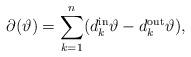
LaTeX: \begin{align*}\partial( \vartheta ) = \sum_{k=1}^n(d_k^{\rm in}\vartheta -d_k^{\rm out}\vartheta),\end{align*}